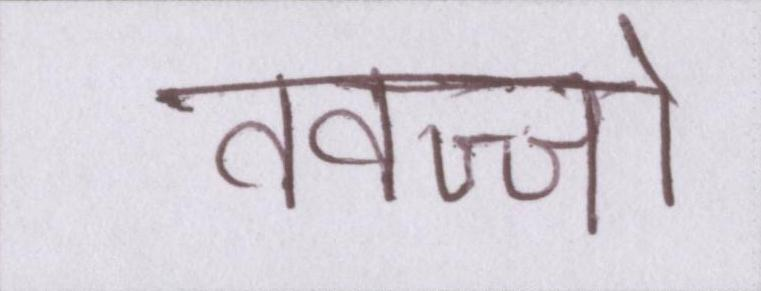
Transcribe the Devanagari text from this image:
तवज्जो